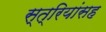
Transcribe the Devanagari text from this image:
स्त्रियांसह